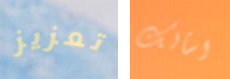
تعزيز اسألك